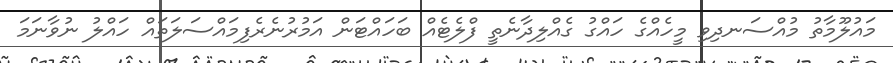
މައުލޫމާތު މުއްސަނދިވި މީހެއްގެ ހައްގު ގެއްލިދާނެތީ ފްލެޓެއް ބަހައްޓަން އަމުރުނެރެފިމައްސަލަތައް ހައްލު ނުވާނަމަ